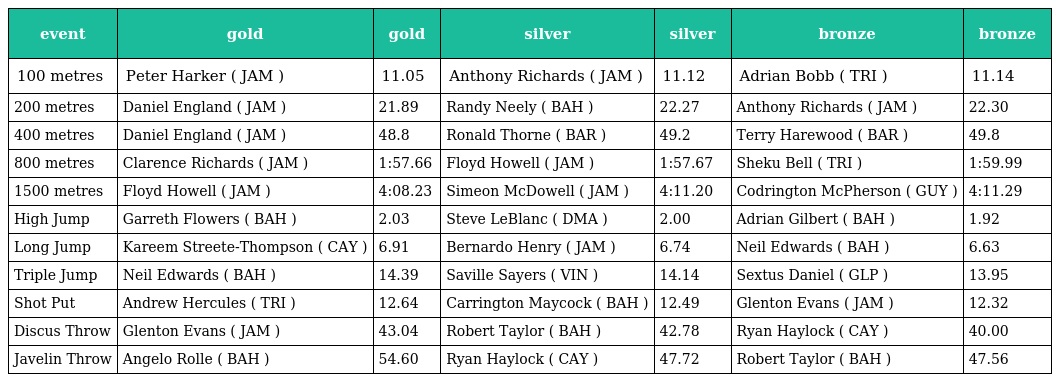
| event | gold | gold | silver | silver | bronze | bronze |
 | --- | --- | --- | --- | --- | --- | --- |
 | 100 metres | Peter Harker ( JAM ) | 11.05 | Anthony Richards ( JAM ) | 11.12 | Adrian Bobb ( TRI ) | 11.14 |
 | 200 metres | Daniel England ( JAM ) | 21.89 | Randy Neely ( BAH ) | 22.27 | Anthony Richards ( JAM ) | 22.30 |
 | 400 metres | Daniel England ( JAM ) | 48.8 | Ronald Thorne ( BAR ) | 49.2 | Terry Harewood ( BAR ) | 49.8 |
 | 800 metres | Clarence Richards ( JAM ) | 1:57.66 | Floyd Howell ( JAM ) | 1:57.67 | Sheku Bell ( TRI ) | 1:59.99 |
 | 1500 metres | Floyd Howell ( JAM ) | 4:08.23 | Simeon McDowell ( JAM ) | 4:11.20 | Codrington McPherson ( GUY ) | 4:11.29 |
 | High Jump | Garreth Flowers ( BAH ) | 2.03 | Steve LeBlanc ( DMA ) | 2.00 | Adrian Gilbert ( BAH ) | 1.92 |
 | Long Jump | Kareem Streete-Thompson ( CAY ) | 6.91 | Bernardo Henry ( JAM ) | 6.74 | Neil Edwards ( BAH ) | 6.63 |
 | Triple Jump | Neil Edwards ( BAH ) | 14.39 | Saville Sayers ( VIN ) | 14.14 | Sextus Daniel ( GLP ) | 13.95 |
 | Shot Put | Andrew Hercules ( TRI ) | 12.64 | Carrington Maycock ( BAH ) | 12.49 | Glenton Evans ( JAM ) | 12.32 |
 | Discus Throw | Glenton Evans ( JAM ) | 43.04 | Robert Taylor ( BAH ) | 42.78 | Ryan Haylock ( CAY ) | 40.00 |
 | Javelin Throw | Angelo Rolle ( BAH ) | 54.60 | Ryan Haylock ( CAY ) | 47.72 | Robert Taylor ( BAH ) | 47.56 |